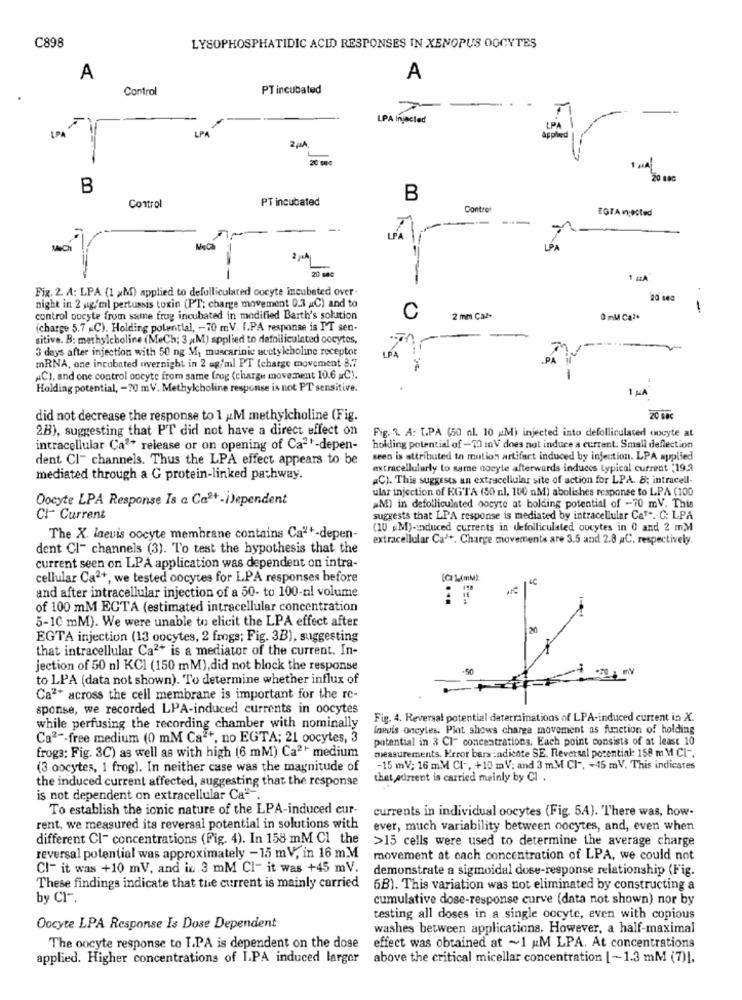
C898
LYSOPHOSPHATIDIC ACID RESPONSES IN XENOPUS OOCYTES
A
A
Control
PT incubated
LPA Injected
LPA
LPA
LPA
B
PT incubated
B
Control
Control
EGTAnn;ected
LPA
Mech
1
LPA
2 -A
20 sa
-
1 HA
Fig. 2. A: LPA (1 aM) applied to defolliculared oocyte incubeted over.
night in 2 ug/ml pertussis toxin (PT; charge movement 0.3 &C) and to
20 16:
-
control oocyte from same frog incubated in modified Barth's solution
C
2 mm Ca2+
0 mM Cal+
(charge 5.7 .C). Holding potential, - 70 mV. f.PA response is PT sen-
sitive. B: methylcholine (MeCh; 3 (M) applied to dafolliculated oocytes,
3 days after injection with 50 ng M, muscarinic acetylcholine receptor
mRNA, one incubated overnight in 2 ag/ml PT (charge movement 8.7
LPA
ACI, and one control oocyte from same frog (charge movement 10.6 =C).
-
Holding potential, - 70 mV. Methylcholine response is not PT sensitive.
1 LA
did not decrease the response to 1 ,M methylcholine (Fig.
20 60€
2B), suggesting that PT did not have a direct effect on
Fig. R. A: UPA (50 nl. 10 AM) injected into defolliculated oocyte at
intracellular Ca2* release or on opening of Ca2'-depen-
hokling potential of -70 mV does not induce a current. Small deflection
dent Cl- channels. Thus the LPA effect appears to be
seen is attributed to motion artifact induced by infection. LPA applied
extracellularly to same oocyte afterwards induces typical current "19,9
mediated through a G protein-linked pathway.
"C). This suggests an extracellular site of action for LPA. 8: intracell-
ular injection of EGTA (50 nl, 100 nM) abolishes response to LPA (100
Oocyte LPA Response Is a Ca2+-i)ependent
#M) in defolliculated oocyte at bolding potential of -70 mV. This
CI- Current
suggests that LPA response is mediated by intracellular Ca". C: LPA
(10 .M)-induced currents in defolliculated oucytes in 0 and 2 mMM
The X. laevis oocyte membrane contains Ca"'-depen-
extracellular Ca'+. Charge movements are 3.5 and 2.8 C. respectively.
dent Cl- channels (3). To test the hypothesis that the
current seen on LPA application was dependent on intra-
cellular Ca2+, we tested oocytes for LPA responses before
4C
and after intracellular injection of a 50- to 100-nl volume
of 100 mM EGTA (estimated intracellular concentration
5-10 mM). We were unable to elicit the LPA effect after
20
EGTA injection (13 oocytes, 2 frogs; Fig. 3B), suggesting
that intracellular Ca2+ is a mediator of the current. In-
jection of 50 nl KCI (150 mM), did not block the response
to LPA (data not shown). To determine whether influx of
Ca2+ across the cell membrane is important for the re-
sponse, we recorded LPA-induced currents in oocytes
Fig. 4. Reversal potential determinations of LPA-induced current in X.
while perfusing the recording chamber with nominally
Ineuis Oncyles. Plat shows charge movement as function of holding
Ca2 -- free medium (0 mM Ca **, no EGTA; 21 oocytes, 3
potential in 3 Cl- concentrations, Each point consists of at least 10
frogs; Fig. 3C) as well as with high (6 mM) Ca2' medium
measurements. Krror bars indichte SE. Reversal potential: 158 m M Cl".
(3 oocytes, 1 frog). In neither case was the magnitude of
-15 mV; 16 mM Cl -, +10 mV; and 3 m.M CI -, +45 mV. This indicates
the induced current affected, suggesting that the response
that ourrent is carried mainly by Cl .
is not dependent on extracellular Ca"".
To establish the ionic nature of the LPA-induced cur-
currents in individual oocytes (Fig. 54). There was, how-
rent, we measured its reversal potential in solutions with
ever, much variability between oocytes, and, even when
different Cl- concentrations (Fig. 4). In 158 mM Cl the
>15 cells were used to determine the average charge
reversal potential was approximately - 15 mV, in 16 m.M
movement at each concentration of LPA, we could not
Cl- it was +10 mV, and in. 3 mM Cl- it was +45 mV.
demonstrate a sigmoidal dose-response relationship (Fig.
These findings indicate that the current is mainly carried
6B). This variation was not eliminated by constructing a
by Cl -.
cumulative dose-response curve (data not shown) nor by
testing all doses in a single oocyte, even with copious
Oocyte LPA Response Is Dose Dependent
washes between applications. However, a half-maximal
The oocyte response to I.PA is dependent on the dose
effect was obtained at ~1 AM LPA. At concentrations
applied. Higher concentrations of IPA induced larger
above the critical micellar concentration [-1.3 mM (7)],